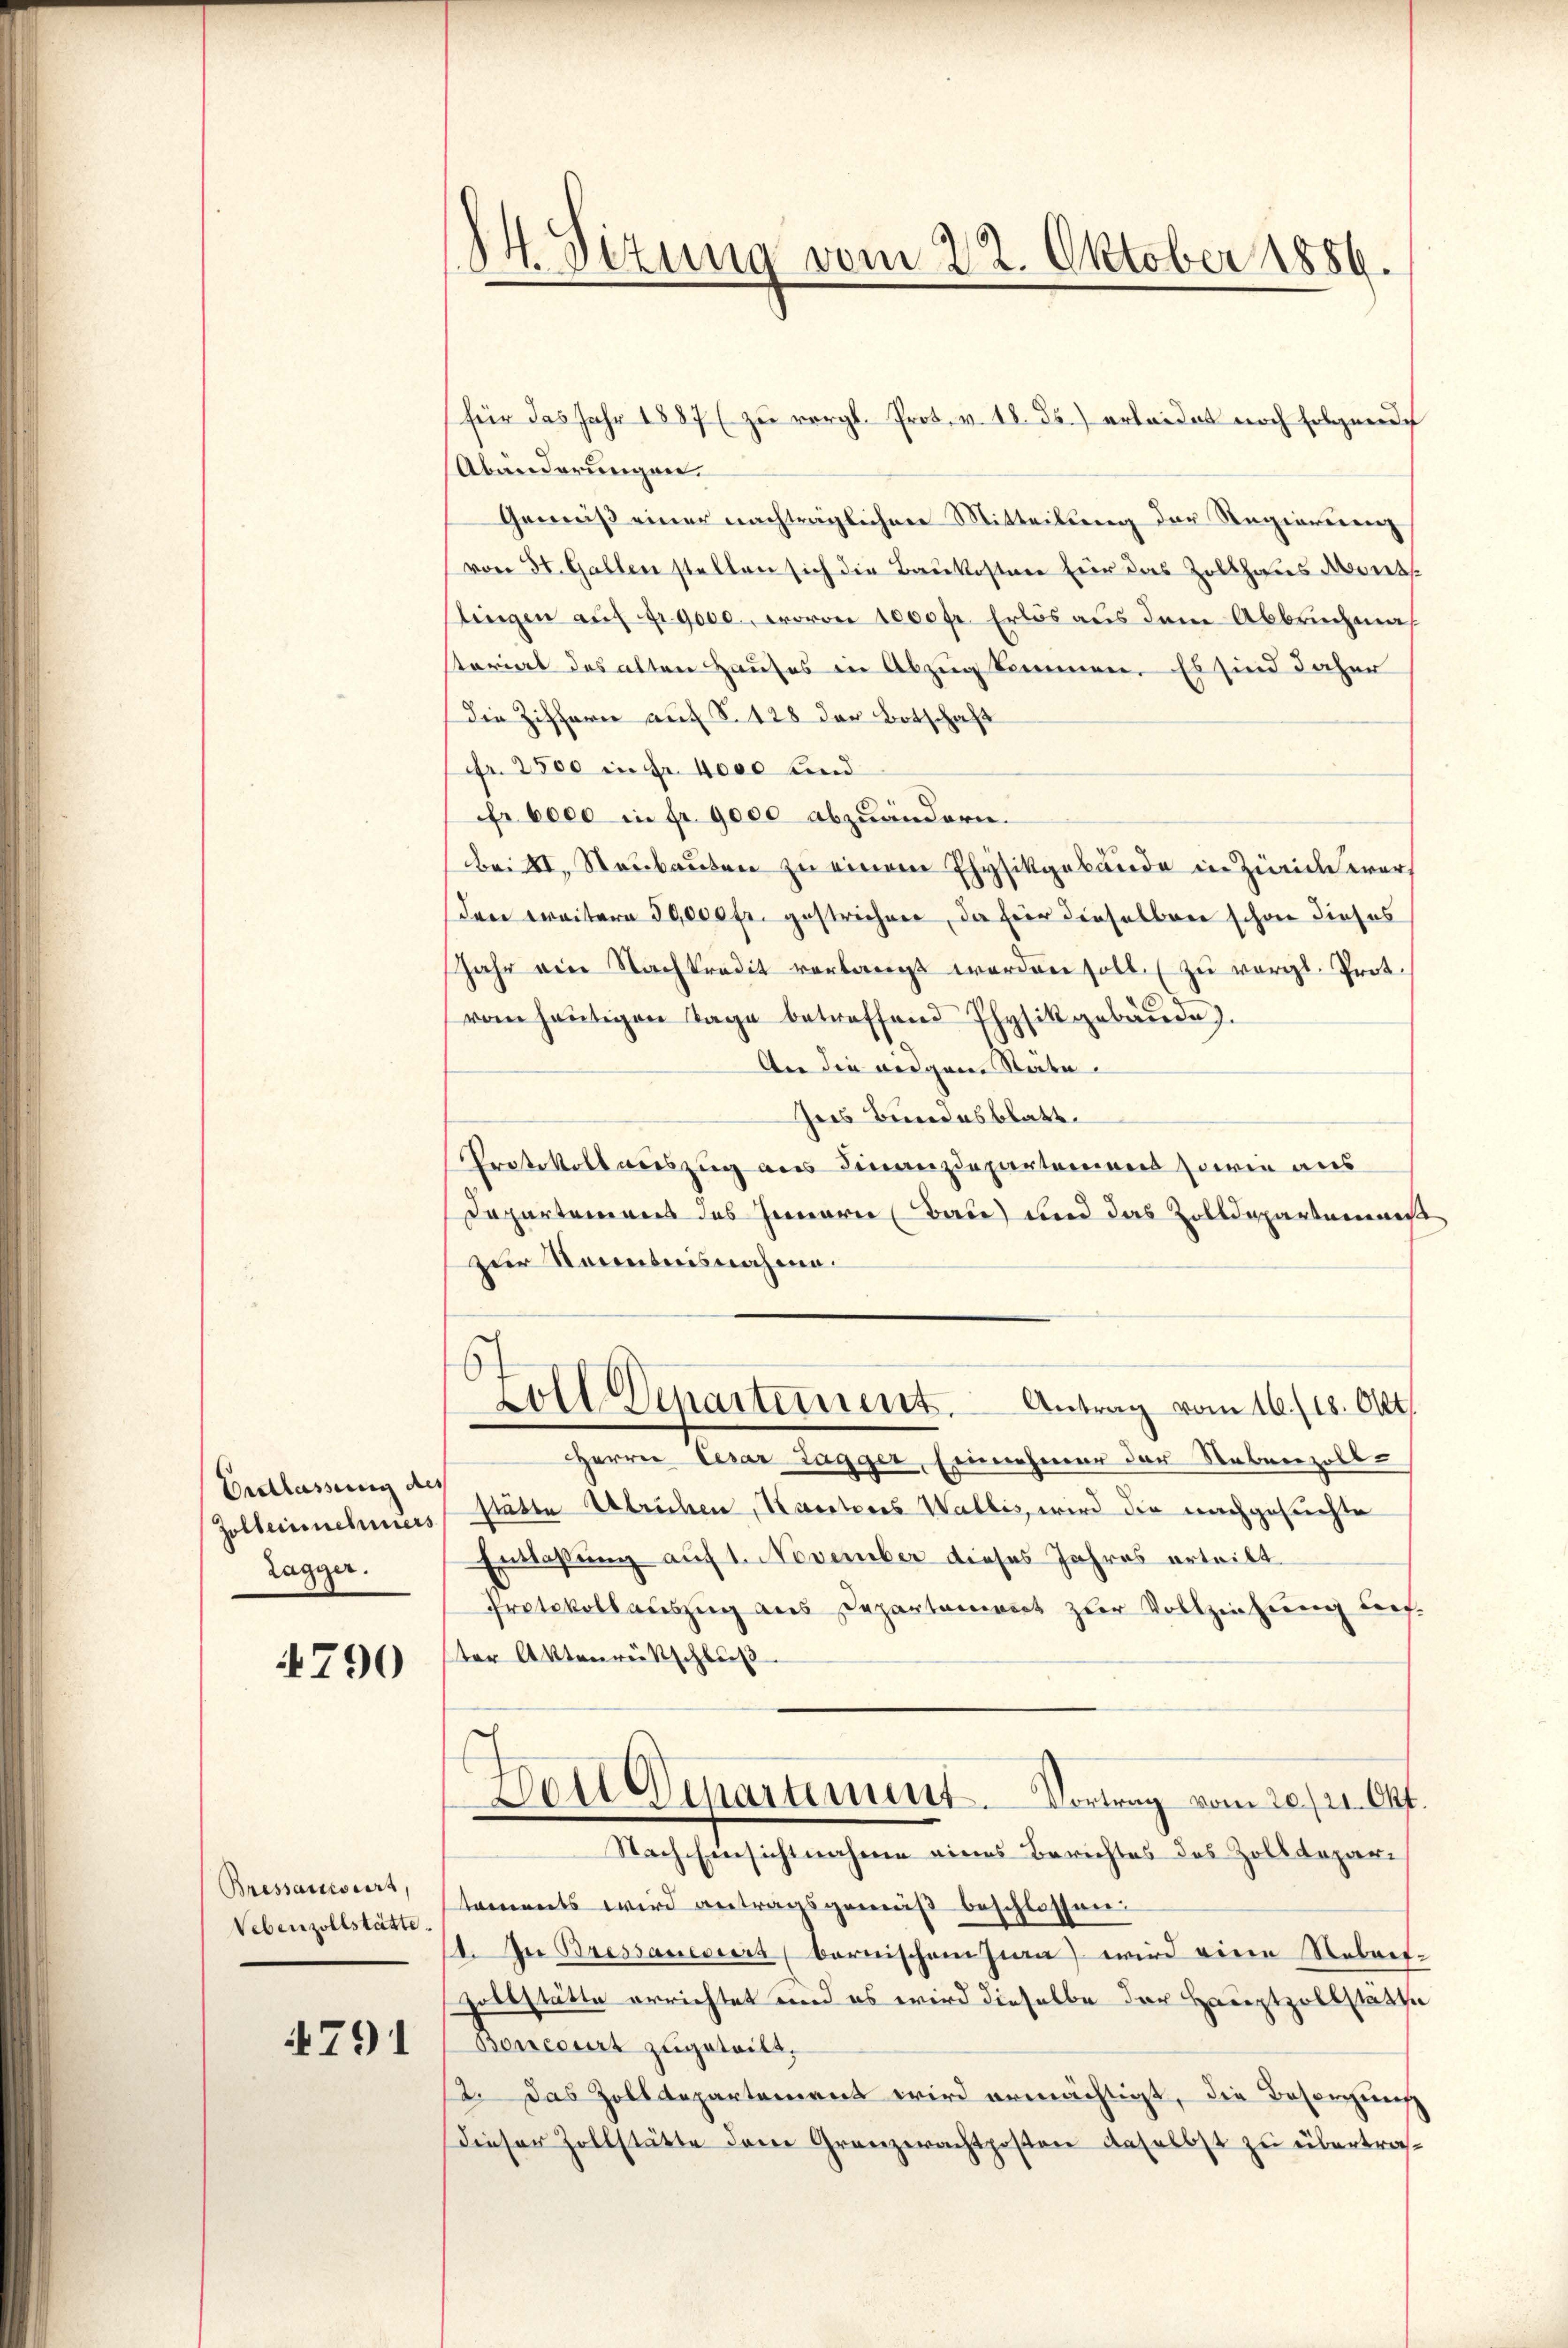
Entlassung des
Zolleinnehmers
Zagger.

790

Bressaussert,
Vebenzollstätte.

4791

14. Sizung vom 22. Oktober 1889.

für das Jahr 1887 zu vergl. Prot. v. 18. ds. erleidet noch folgende
Abänderungen.
Gemäß einer nachträglicher Mitteilung der Regierung
von St. Gallen stellen sich die Baukostere für das Zollhaus Ant
tingen auf fr. 9000, wovon 1000 fr. Erlös aus dem Abbruchmastariat das alten Hauses in Abzug kommen. Es sind daher
die Zifferne auf S. 428 der Botschaft
fr. 2500 in Fr. 4000 und
Fr. 6000 in fr. 9000 abzuändern.
Br. XI. Staubauten zu einem Physikgebäude in Zürich werden weitern 50,000 fr. gestrichen, da für dieselben schon dieses
Jahr von Nachkredit verlangt worden soll zu vergl. Prot.
vom heutigen Tage betreffend Physikgebäŭde.
An die eidgem Städte
hres Bundesblatt.
Protokoll auszug aus Finanzdepartement sowie aus
Departemens des Innern (Bau) und das Zolldepartannes
zur Kenntnisnahme.
voll Departement. Antrag vom 16./18. Okt.
Herrn Cesar Tagger, Erinnehmer der Nebenzoll-
stätte Ulrichen, Karteres Wallis, wird die nachgesuchte
Entlassung auf 1. November dieses Jahres ertribt
Protokollauszug aus Departement zur Vollziehung darf.
ter Aktenrückschluß
Doll Departement. Vortrag vom 20./21. Okt.
Nach Einsichtnahme eines Berichtes des Zolldepartaments wird antragsgemäß beschlossen:
1. In Bressanciers (bernischen sian wird eine Nebent-
Zoltstätte errichtet und es wird dieselbe der Hauptzollstätte
Bonccurt zugeteilt,
12. Das Zolldepartement wird ermächtigt, die Besorgung
Dieser Zollstätte dem Grenzerachtposten Geselbst zu übertra¬